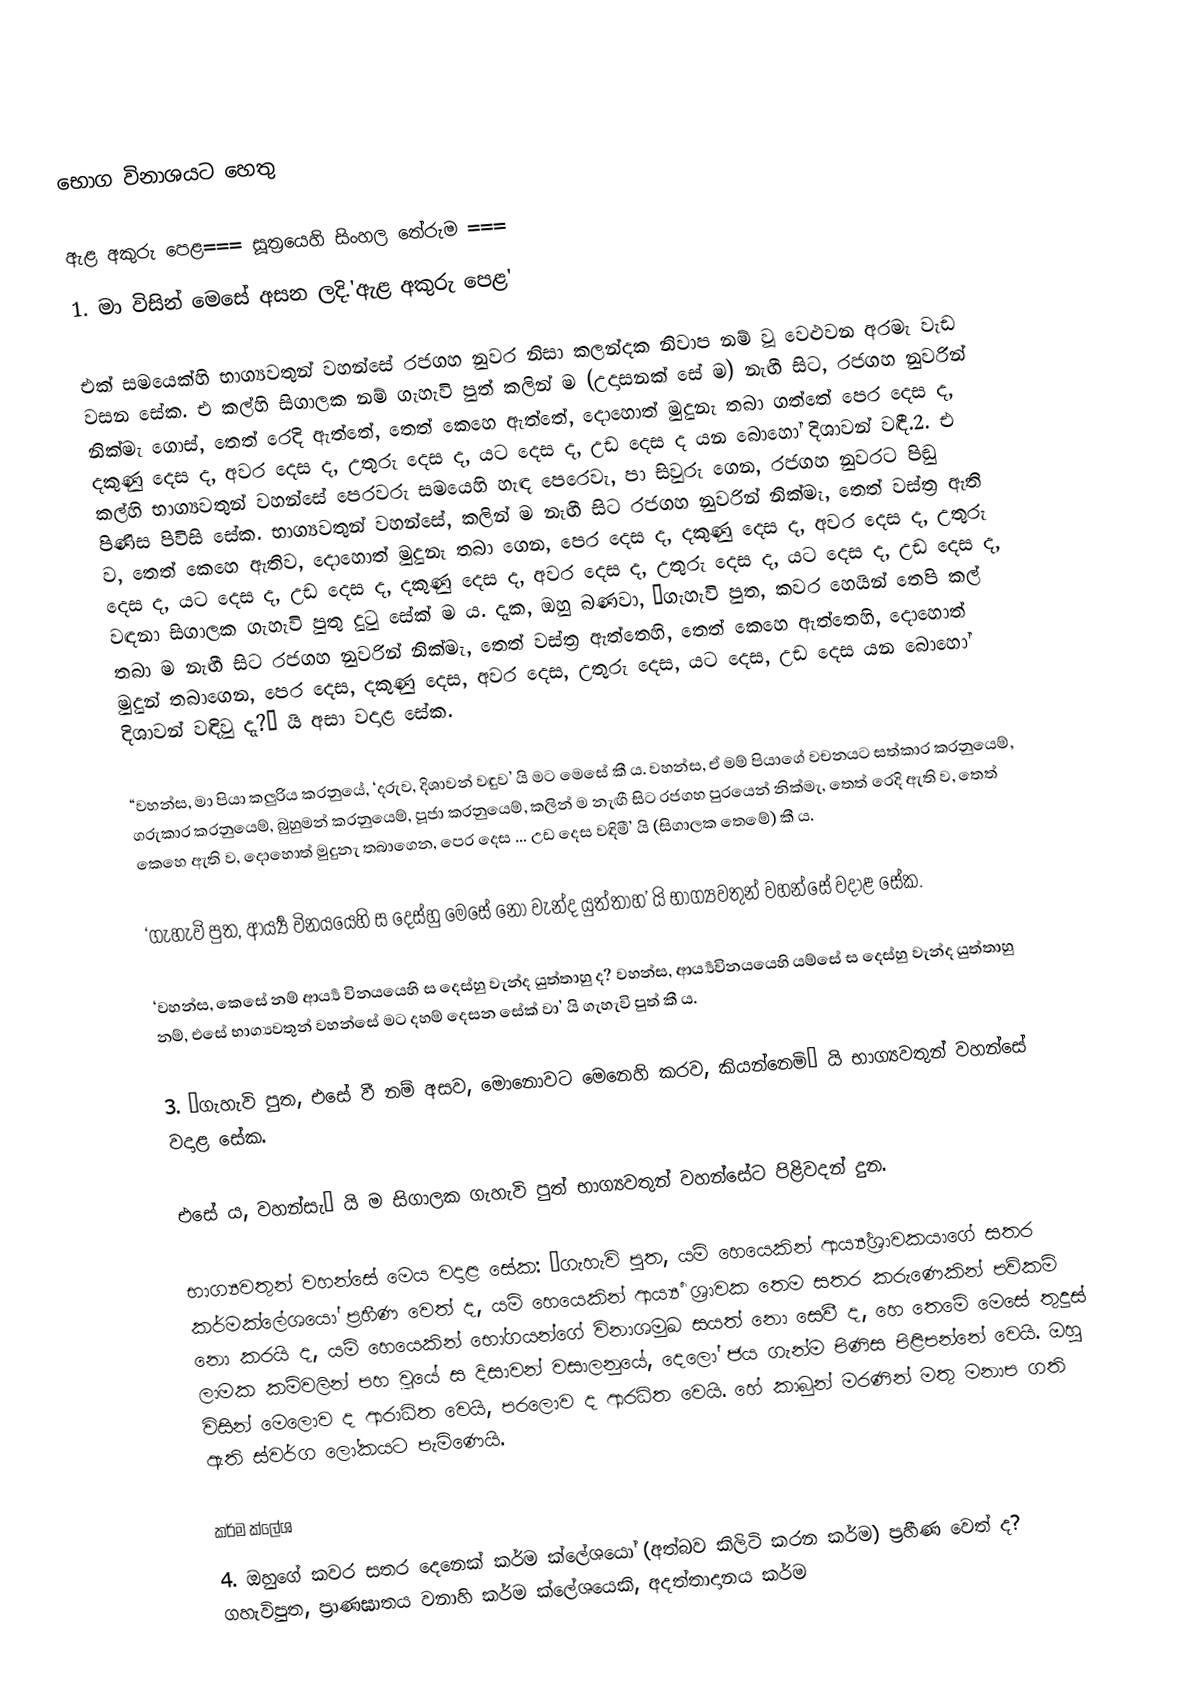
භොග විනාශයට හෙතු

ඇළ අකුරු පෙළ=== සූත්‍රයෙහි සිංහල තේරුම ===
1. මා විසින් මෙසේ අසන ලදි.'ඇළ අකුරු පෙළ'

එක් සමයෙක්හි භාග්‍යවතුන් වහන්සේ රජගහ නුවර නිසා කලන්දක නිවාප නම් වූ වෙළුවන අරමැ වැඩ වසන සේක. එ කල්හි සිගාලක නම් ගැහැවි පුත් කලින් ම (උදාසනක් සේ ම) නැඟී සිට, රජගහ නුවරින් නික්මැ ගොස්, තෙත් රෙදි ඇත්තේ, තෙත් කෙහෙ ඇත්තේ, දොහොත් මුදුනැ තබා ගත්තේ පෙර දෙස ද, දකුණු දෙස ද, අවර දෙස ද, උතුරු දෙස ද, යට දෙස ද, උඩ දෙස ද යන බොහෝ දිශාවන් වඳී.2. එ කල්හි භාග්‍යවතුන් වහන්සේ පෙරවරු සමයෙහි හැඳ පෙරෙවැ, පා සිවුරු ගෙන, රජගහ නුවරට පිඬු පිණිස පිවිසි සේක. භාග්‍යවතුන් වහන්සේ, කලින් ම නැඟී සිට රජගහ නුවරින් නික්මැ, තෙත් වස්ත්‍ර ඇති ව, තෙත් කෙහෙ ඇතිව, දොහොත් මුදුනැ තබා ගෙන, පෙර දෙස ද, දකුණු දෙස ද, අවර දෙස ද, උතුරු දෙස ද, යට දෙස ද, උඩ දෙස ද, දකුණු දෙස ද, අවර දෙස ද, උතුරු දෙස ද, යට දෙස ද, උඩ දෙස ද, වඳනා සිගාලක ගැහැවි පුතු දුටු සේක් ම ය. දැක, ඔහු බණවා, ‘ගැහැවි පුත, කවර හෙයින් තෙපි කල් තබා ම නැඟී සිට රජගහ නුවරින් නික්මැ, තෙත් වස්ත්‍ර ඇත්තෙහි, තෙත් කෙහෙ ඇත්තෙහි, දොහොත් මුදුන් තබාගෙන, පෙර දෙස, දකුණු දෙස, අවර දෙස, උතුරු දෙස, යට දෙස, උඩ දෙස යන බොහෝ දිශාවන් වඳිවු දැ?” යි අසා වදාළ සේක.

“වහන්ස, මා පියා කලුරිය කරනුයේ, ‘දරුව, දිශාවන් වඳුව’ යි මට මෙසේ කී ය. වහන්ස, ඒ මම් පියාගේ වචනයට සත්කාර කරනුයෙම්, ගරුකාර කරනුයෙම්, බුහුමන් කරනුයෙම්, පූජා කරනුයෙම්, කලින් ම නැඟී සිට රජගහ පුරයෙන් නික්මැ, තෙත් රෙදි ඇති ව, තෙත් කෙහෙ ඇති ව, දොහොත් මුදුනැ තබාගෙන, පෙර දෙස … උඩ දෙස වඳිමී’ යි (සිගාලක තෙමේ) කී ය.

‘ගැහැවි පුත, ආර්‍ය්‍ය විනයයෙහි ස දෙස්හු මෙසේ නො වැන්ද යුත්තාහ’ යි භාග්‍යවතුන් වහන්සේ වදාළ සේක.

‘වහන්ස, කෙසේ නම් ආර්‍ය්‍ය විනයයෙහි ස දෙස්හු වැන්ද යුත්තාහු ද? වහන්ස, ආර්‍ය්‍යවිනයයෙහි යම්සේ ස දෙස්හු වැන්ද යුත්තාහු නම්, එසේ භාග්‍යවතුන් වහන්සේ මට දහම් දෙසන සේක් වා’ යි ගැහැවි පුත් කී ය.

3. ‘ගැහැවි පුත, එසේ වී නම් අසව, මොනොවට මෙනෙහි කරව, කියන්නෙමි’ යි භාග්‍යවතුන් වහන්සේ වදාළ සේක.

එසේ ය, වහන්සැ’ යි ම සිගාලක ගැහැවි පුත් භාග්‍යවතුන් වහන්සේට පිළිවදන් දුන.

භාග්‍යවතුන් වහන්සේ මෙය වදාළ සේක: “ගැහැවි පුත, යම් හෙයෙකින් ආර්‍ය්‍යශ්‍රාවකයාගේ සතර කර්මක්ලේශයෝ ප්‍රහීණ වෙත් ද, යම් හෙයෙකින් ආර්‍ය්‍ය ශ්‍රාවක තෙම සතර කරුණෙකින් පව්කම් නො කරයි ද, යම් හෙයෙකින් භෝගයන්ගේ විනාශමුඛ සයත් නො සෙවී ද, හෙ තෙමේ මෙසේ තුදුස් ලාමක කම්වලින් පහ වූයේ ස දිසාවන් වසාලනුයේ, දෙලෝ ජය ගැන්ම පිණිස පිළිපන්නේ වෙයි. ඔහු විසින් මෙලොව ද ආරාධිත වෙයි, පරලොව ද ආරධිත වෙයි. හේ කාබුන් මරණින් මතු මනාප ගති ඇති ස්වර්ග ලෝකයට පැමිණෙයි.

කර්ම ක්ලේශ
4. ඔහුගේ කවර සතර දෙනෙක් කර්ම ක්ලේශයෝ (අත්බව කිලිටි කරන කර්ම) ප්‍රහීණ වෙත් ද? ගහැවිපුත, ප්‍රාණඝාතය වනාහි කර්ම ක්ලේශයෙකි, අදත්තාදානය කර්ම